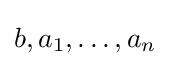
b,a_{1},\ldots ,a_{n}